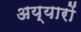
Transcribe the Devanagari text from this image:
अय्यारों